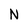
Character: N